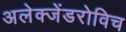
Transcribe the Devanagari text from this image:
अलेक्जेंडरोविच